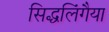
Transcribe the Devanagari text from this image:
सिद्धलिंगैया